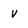
Character: V